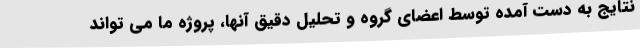
نتایج به دست آمده توسط اعضای گروه و تحلیل دقیق آنها، پروژه ما می تواند